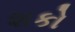
શકો